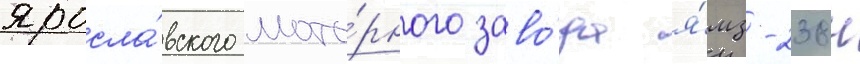
яросла́вского мото́рного заво́да я́мз-238н